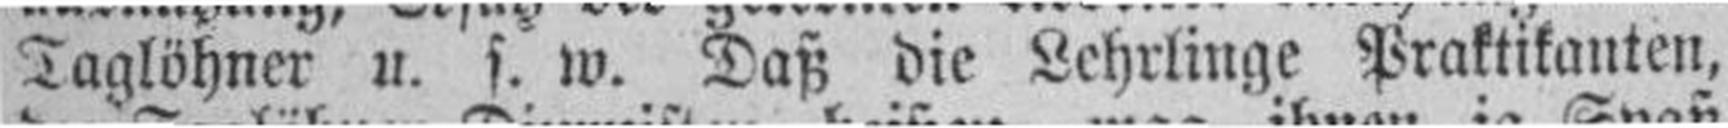
Taglöhner u. s. w. Daß die Lehrlinge Praktikanten,